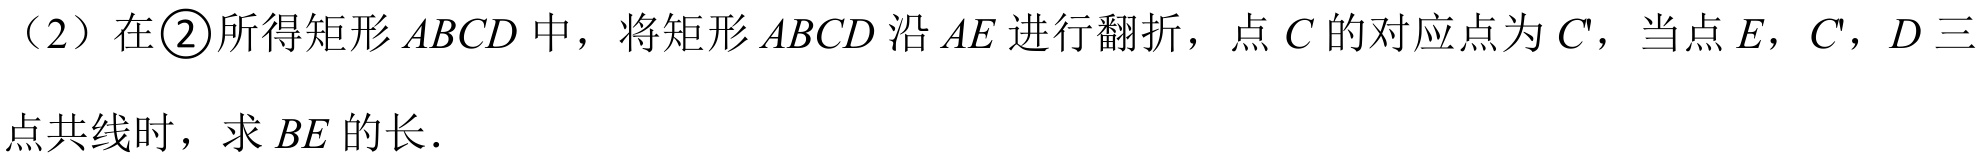
（2）在\textcircled{2}所得矩形\(ABCD\)中，将矩形\(ABCD\)沿\(AE\)进行翻折，点\(C\)的对应点为\(C'\)，当点\(E\)，\(C'\)，\(D\)三点共线时，求\(BE\)的长．